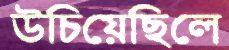
উচিয়েছিলে